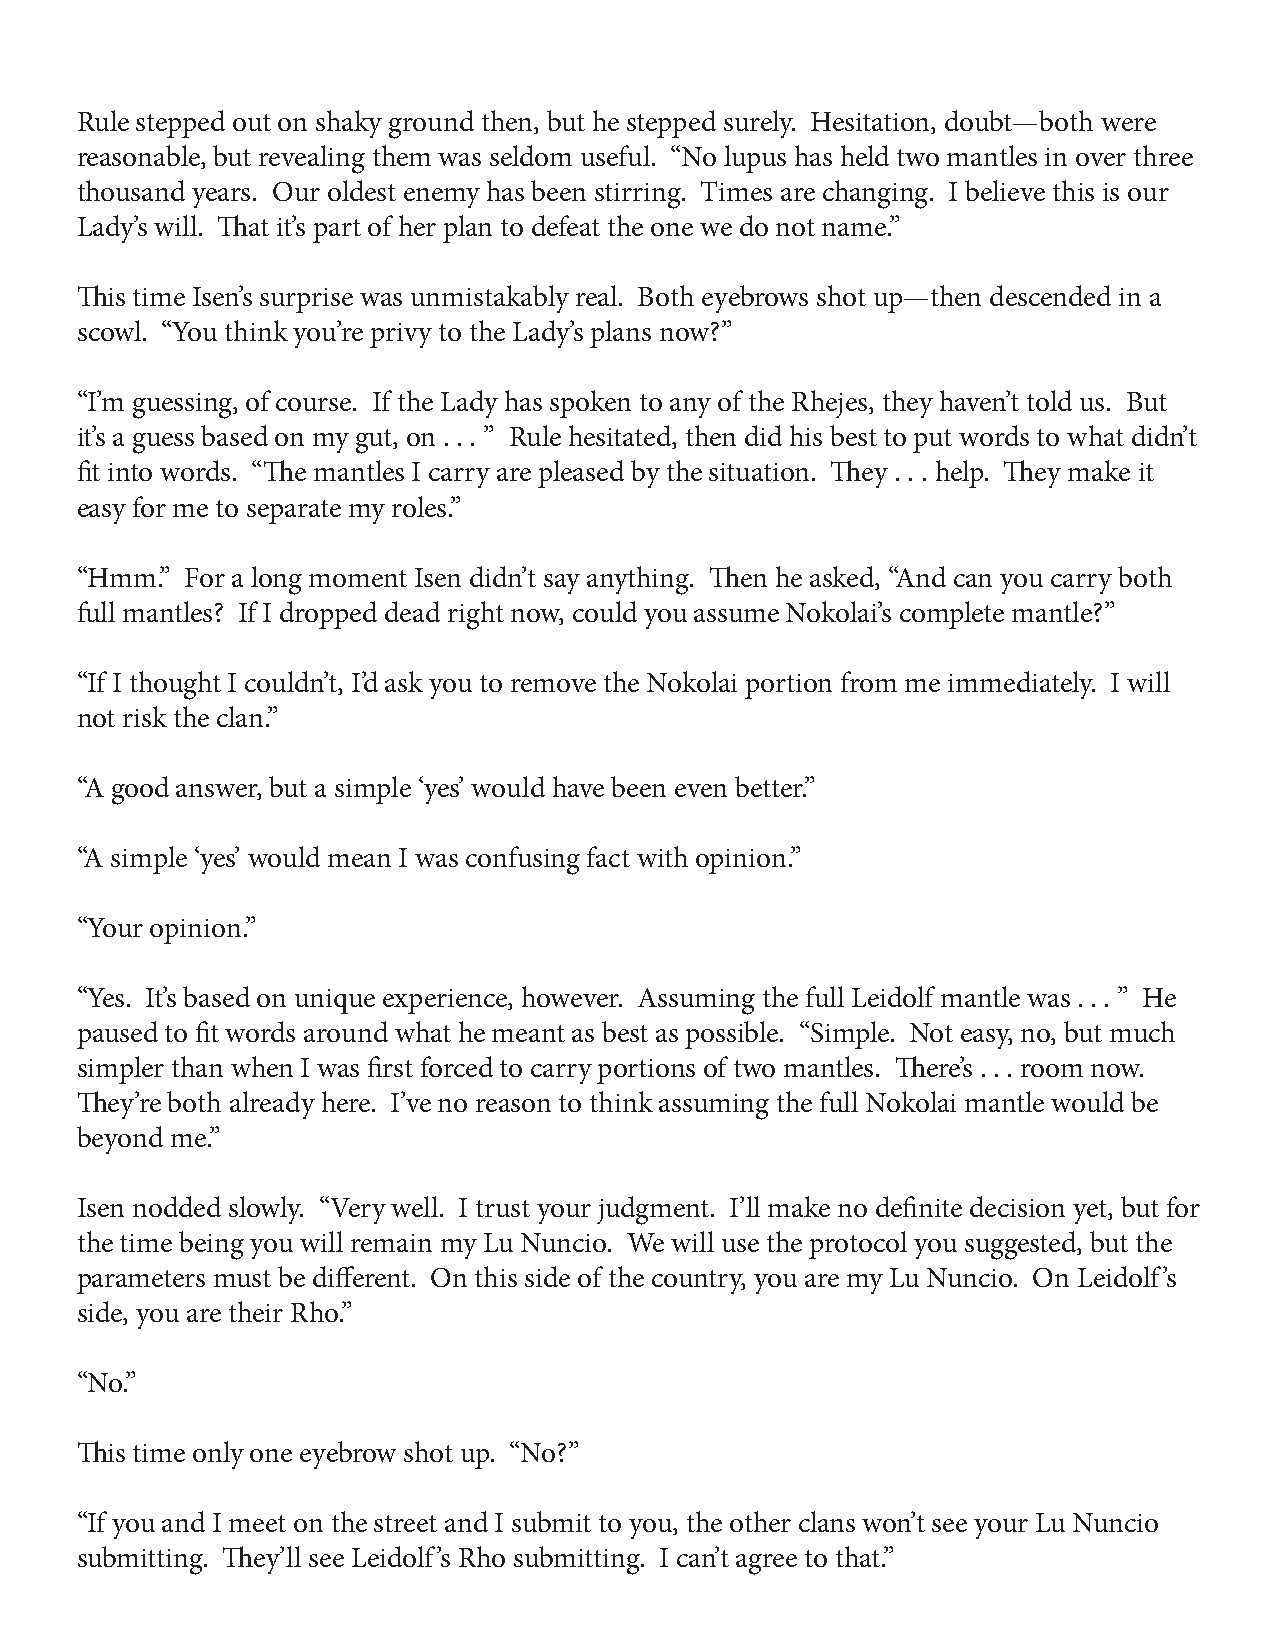
Rule stepped out on shaky ground then, but he stepped surely. Hesitation, doubt—both were
 reasonable, but revealing them was seldom useful. “No lupus has held two mantles in over three
 thousand years. Our oldest enemy has been stirring. Times are changing. I believe this is our
 Lady’s will. That it’s part of her plan to defeat the one we do not name.”
 This time Isen’s surprise was unmistakably real. Both eyebrows shot up—then descended in a
 scowl. “You think you’re privy to the Lady’s plans now?”
 “I’m guessing, of course. If the Lady has spoken to any of the Rhejes, they haven’t told us. But
 it’s a guess based on my gut, on . . . ” Rule hesitated, then did his best to put words to what didn’t
 fit into words. “The mantles I carry are pleased by the situation. They . . . help. They make it
 easy for me to separate my roles.”
 “Hmm.” For a long moment Isen didn’t say anything. Then he asked, “And can you carry both
 full mantles? If I dropped dead right now, could you assume Nokolai’s complete mantle?”
 “If I thought I couldn’t, I’d ask you to remove the Nokolai portion from me immediately. I will
 not risk the clan.”
 “A good answer, but a simple ‘yes’ would have been even better.”
 “A simple ‘yes’ would mean I was confusing fact with opinion.”
 “Your opinion.”
 “Yes. It’s based on unique experience, however. Assuming the full Leidolf mantle was . . . ” He
 paused to fit words around what he meant as best as possible. “Simple. Not easy, no, but much
 simpler than when I was first forced to carry portions of two mantles. There’s . . . room now.
 They’re both already here. I’ve no reason to think assuming the full Nokolai mantle would be
 beyond me.”
 Isen nodded slowly. “Very well. I trust your judgment. I’ll make no definite decision yet, but for
 the time being you will remain my Lu Nuncio. We will use the protocol you suggested, but the
 parameters must be different. On this side of the country, you are my Lu Nuncio. On Leidolf’s
 side, you are their Rho.”
 “No.”
 This time only one eyebrow shot up. “No?”
 “If you and I meet on the street and I submit to you, the other clans won’t see your Lu Nuncio
 submitting. They’ll see Leidolf’s Rho submitting. I can’t agree to that.”